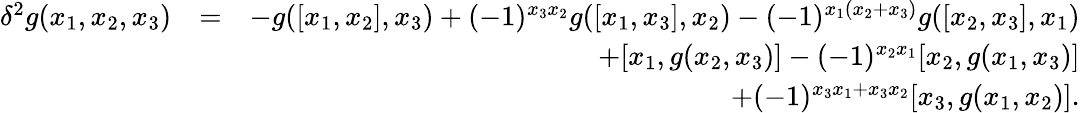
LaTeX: \begin{array}{rlr}{\delta^{2}g(x_{1},x_{2},x_{3})}&{=}&{-g([x_{1},x_{2}],x_{3})+(-1)^{x_{3}x_{2}}g([x_{1},x_{3}],x_{2})-(-1)^{x_{1}(x_{2}+x_{3})}g([x_{2},x_{3}],x_{1})}\\ &{}&{+[x_{1},g(x_{2},x_{3})]-(-1)^{x_{2}x_{1}}[x_{2},g(x_{1},x_{3})]}\\ &{}&{+(-1)^{x_{3}x_{1}+x_{3}x_{2}}[x_{3},g(x_{1},x_{2})].}\end{array}